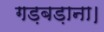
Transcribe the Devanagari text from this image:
गड़बड़ाना।